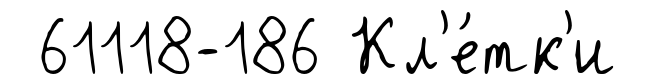
61118-186 Кл'е́тк'и